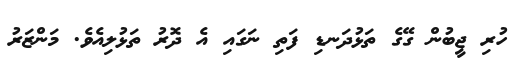
ހުރި ޖީބުން ގޭގެ ތަޅުދަނޑި ފަތި ނަގައި އެ ދޮރު ތަޅުލިއެވެ. މަންޒަރު